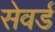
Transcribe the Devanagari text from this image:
सेवर्ड